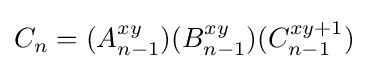
C_{n}=(A_{n-1}^{xy})(B_{n-1}^{xy})(C_{n-1}^{xy+1})